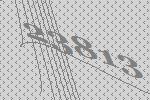
23813